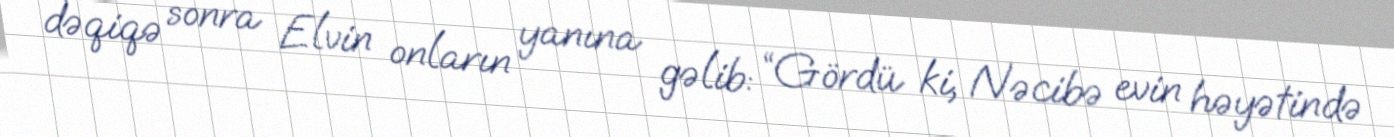
dəqiqə sonra Elvin onların yanına gəlib: “Gördü ki, Nəcibə evin həyətində